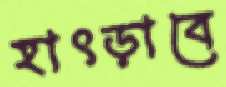
হাৎড়াবে